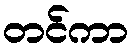
တင်ကာ